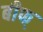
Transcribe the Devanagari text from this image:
बीफ्